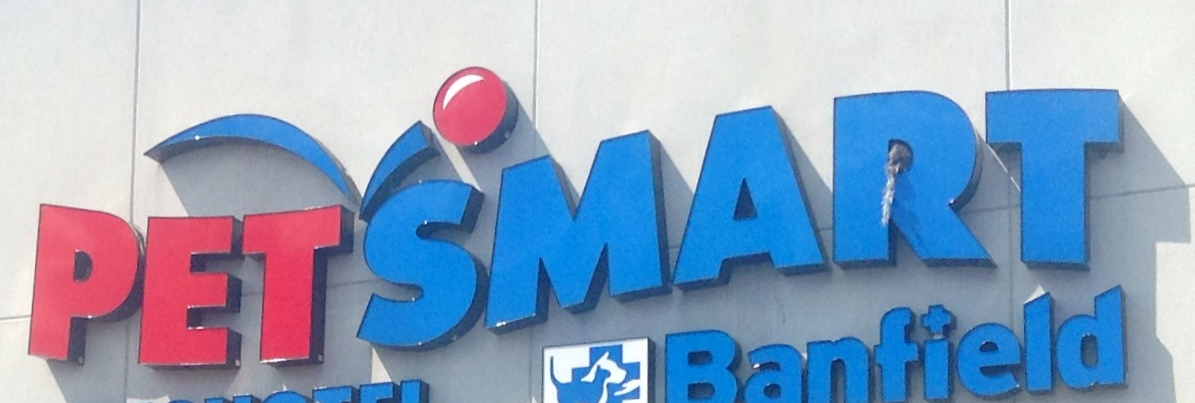
PETSMART